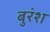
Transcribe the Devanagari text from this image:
बुरंश